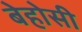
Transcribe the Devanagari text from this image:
बेहोसी